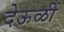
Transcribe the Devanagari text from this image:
देऊळीं